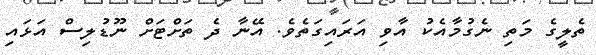
ތެލީގެ މަތި ނެގުމާއެކު އާވި އަރައިގަތެވެ. އޭނާ ދެ ތަށްޓަށް ނޫޑުލިސް އަޅައި